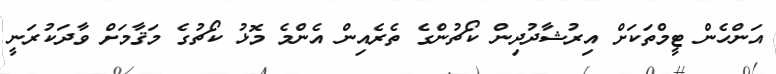
އަންހެން ޓީމްތަކަށް އިރުޝާދުދިން ކޯޗުންގެ ތެރެއިން އެންމެ މޮޅު ކޯޗުގެ މަޤާމަށް ވާދަކުރަނީ